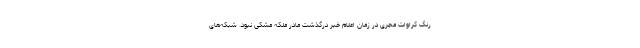
رنگ کراوات مجری در زمان اعلام خبر درگذشت مادر ملکه مشکی نبود. شبکه‌های